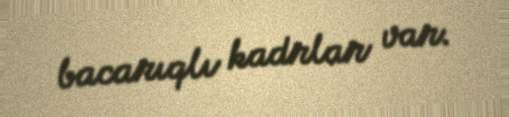
bacarıqlı kadrlar var.